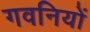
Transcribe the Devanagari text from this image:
गवनियों